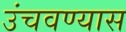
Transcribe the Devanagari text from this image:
उंचवण्यास